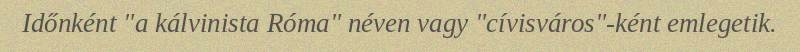
Időnként "a kálvinista Róma" néven vagy "cívisváros"-ként emlegetik.